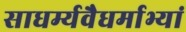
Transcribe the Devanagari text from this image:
साधर्म्यवैधर्माभ्यां